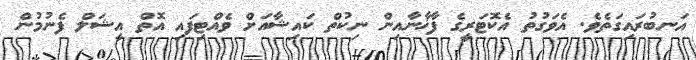
އަނބުރައިގަތެވެ. އެވަގުތު އެކޮޓަރީގެ ފާޚާނާއިން ނިކުތް ކައިޝާއަށް ވެއްޓިފައި އޮތް އީޝަލް ފެނުމުން